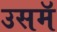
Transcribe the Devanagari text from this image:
उसमॅ